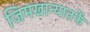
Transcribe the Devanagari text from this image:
जिमखान्यातर्फे